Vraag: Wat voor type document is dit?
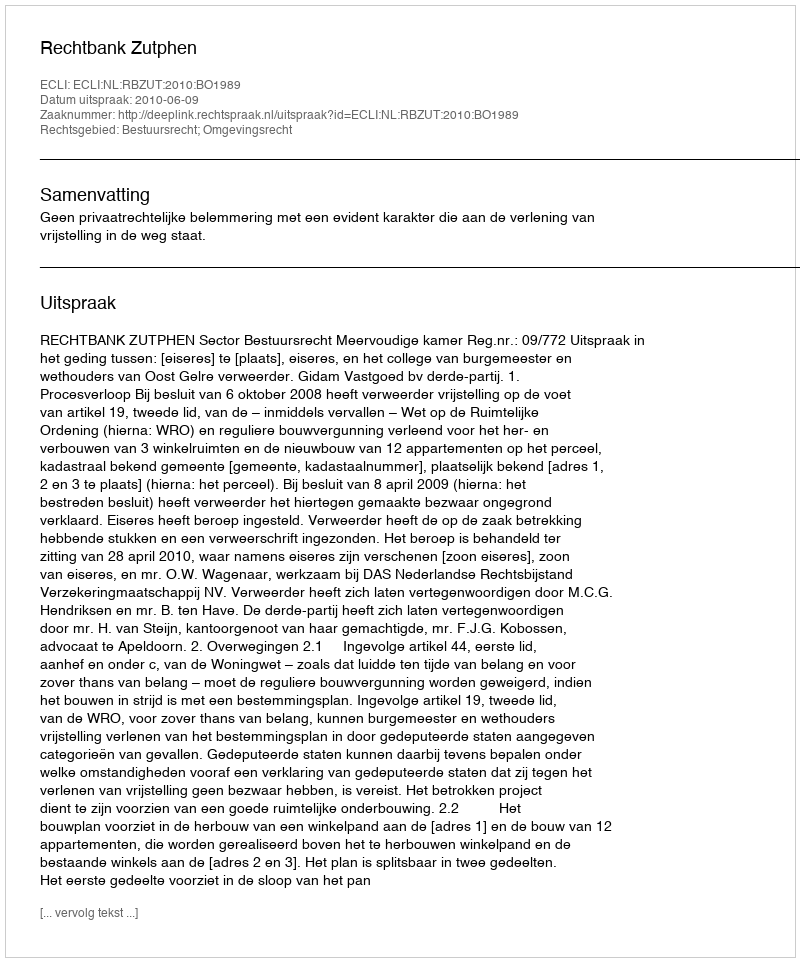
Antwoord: Uitspraak